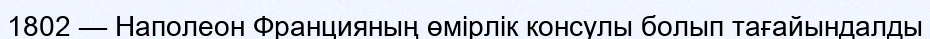
1802 — Наполеон Францияның өмiрлiк консулы болып тағайындалды